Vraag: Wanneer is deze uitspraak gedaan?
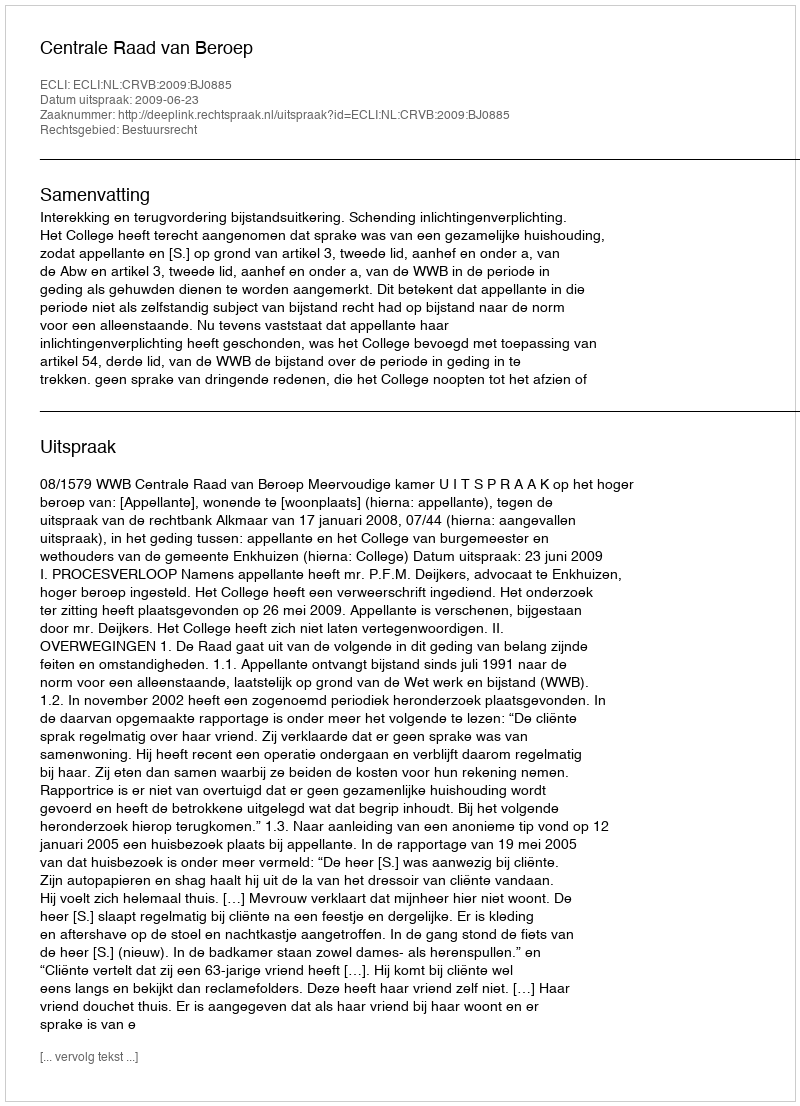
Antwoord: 2009-06-23